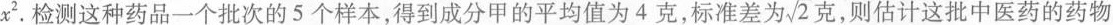
x'。检测这种药品一个批次的5个样本，得到成分甲的平均值为4克，标准差为 $$\sqrt{2}$$ 克，则估计这批中医药的药物